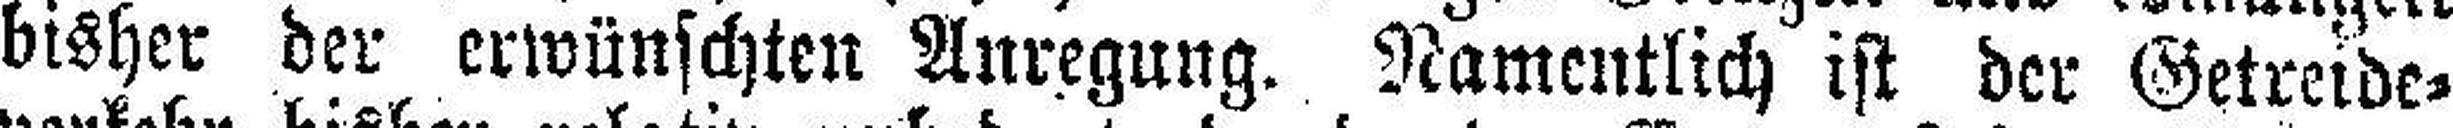
bisher der erwünschten Anregung. Namentlich ist der Getreide¬